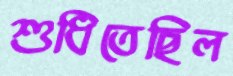
শুধিতেছিল